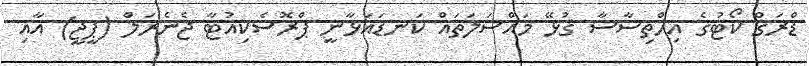
ޑްރަގް ކޯޓުގެ އިހްތިސާސާ ގުޅޭ މައްސަލަތައް ކަނޑައަޅާނީ ޕްރޮސެކިއުޓާ ޖެނެރަލް (ޕީޖީ) އާއި